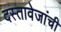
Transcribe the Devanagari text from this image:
दस्तावेजांची